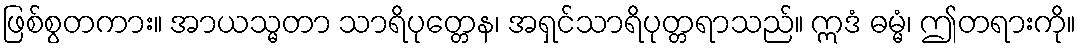
ဖြစ်စွတကား။ အာယသ္မတာ သာရိပုတ္တေန၊ အရှင်သာရိပုတ္တရာသည်။ ဣဒံ ဓမ္မံ၊ ဤတရားကို။